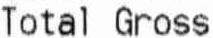
TOTAL GROSS